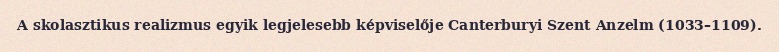
A skolasztikus realizmus egyik legjelesebb képviselője Canterburyi Szent Anzelm (1033–1109).